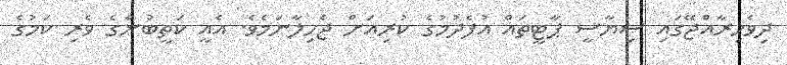
ދިވެހިރާއްޖޭގައި ސިޔާސީ ޕާޓީތައް އުފެދުމުގެ ކުރިއަށް ޖެހިލާނަމެވެ. އެއީ ކަތީބުންގެ ވެރި ކަމުގެ